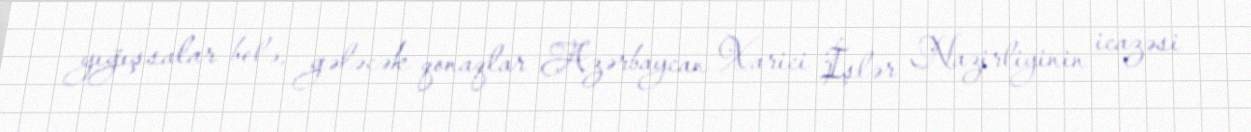
yığışsalar belə, gələcək qonaqlar Azərbaycan Xarici İşlər Nazirliyinin icazəsi